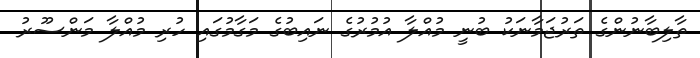
ތާލިބާނުންގެ ތަރުޖަމާނަކު ބުނީ މުއްލާ އުމުރުގެ ނައިބުގެ މަގާމުގައި ހުރި މުއްލާ މަންސޫރު